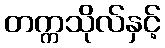
တက္ကသိုလ်နှင့်